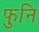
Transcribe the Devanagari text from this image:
फुनि